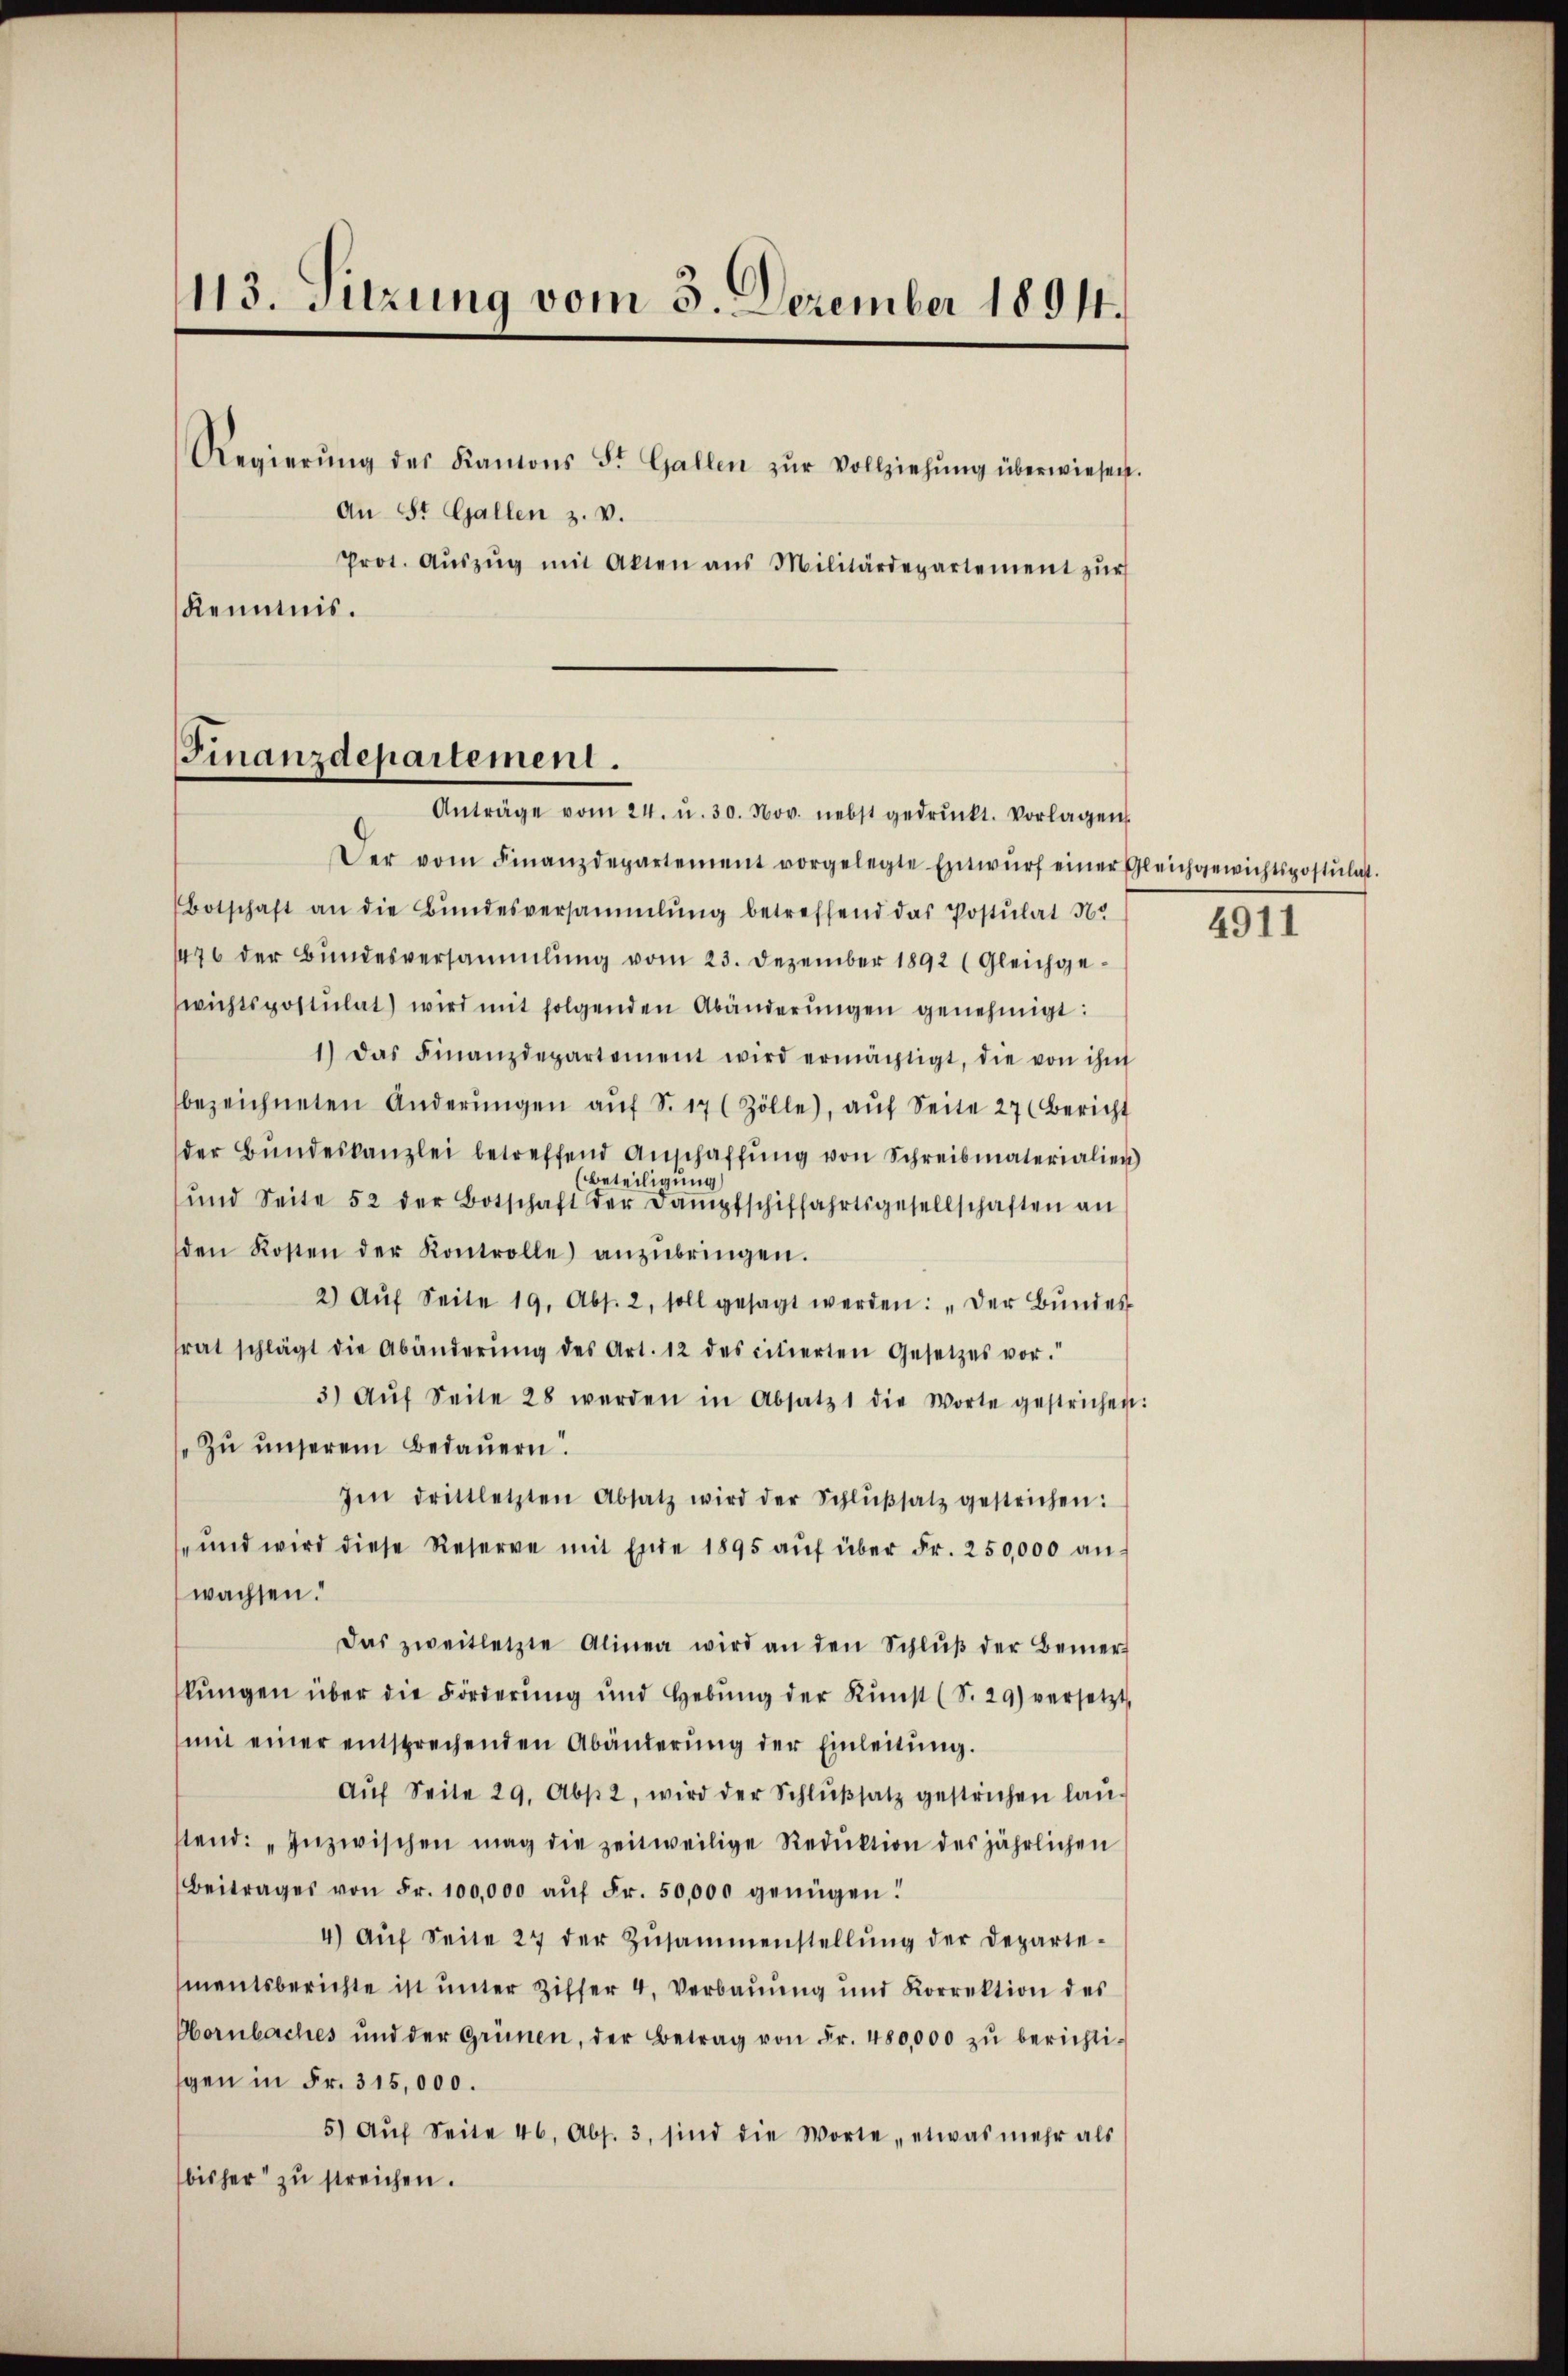
113. Sitzung vom 3. Dezember 1891.

Regierŭng des Kanons St. Gallen zŭr Vollziehŭng überwiesen.
An St. Gallen z. v.
Prot. Aŭszŭg mit Akten ans Militärdepartement zŭr
Kenntnis.

Finanzdepartement.

Anträge vom 24. u. 30. Nov. nebst gedruckt. Vorlagen
Der vom Finanzdepartement vorgelegte Entwŭrf einer Gleichgewichtspostulast.
Botschaft an die Bŭndesversammlŭng betreffend das Postulat N.
476 der Bŭndesversammlung vom 23. Dezember 1892 (Gleichgewichtspostulat) wird mit folgenden Abänderŭngen genehmigt:
1.) Das Finanzdepartement wird ermächtigt, die von ihm
bezeichneten Anderŭngen aŭf S. 17 (Zölle), aŭf Seite 27 (Bericht
der Bŭndeskanzlei betreffend Anschaffŭng von Schreibmaterialien)
Beteiligung
ŭnd Seite 52 der Botschaft der Dampfschiffahrtsgesellschaften an
den Kosten der Kontrolle anzŭbringen.
2) Aŭf Seite 19. Abs. 2, soll gesagt werden: „Der Bŭndes
rat schlägt die Abänderŭng des Art. 12 des citierten Gesetzes vor.“
3) Aŭf Seite 28 werden in Absatz 1 die Worte gestrichen:
Zu unserem Bedauern
Ien drittletzten Absatz wird der Schlŭβsatz gestrichen:
" und wird diese Reserve mit Ende 1895 aŭf über Fr. 250,000 an-
wachsen.
Das zweitletzte Alinea wird an den Schlŭβ der Bemer
lŭngen über die Förderŭng ŭnd Hebŭng der Kunst (S. 29) versetzt
mit einer entsprechenden Abänderŭng der Einleitŭng.
Aŭf Seite 29. Abs. 2, wird der Schlŭβsatz gestrichen laŭ-
tend: „Inzwischen mag die zeitweilige Reduktion des jährlichen
Beitrages von Fr. 100,000 aŭf Fr. 50,000 genügen!
4) Aŭf Seite 27 der Zŭsammenstellŭng der Departe-
mentsberichte ist unter Ziffer 4. Verbauung und Korrektion des
Oornbaches und der Grünen, der Betrag von Fr. 480,000 zŭ berichtigen in Fr. 315,000.
5) Aŭf Seite 46, Abs. 3, sind die Worte etwas mehr als
bisher zu streichen.

4911